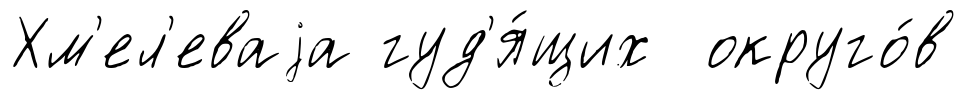
Хм'ел'еваjа гуд'я́щих округо́в